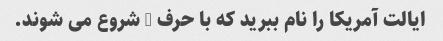
ایالت آمریکا را نام ببرید که با حرف M شروع می شوند.